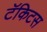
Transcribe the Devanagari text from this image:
टॅकिटस